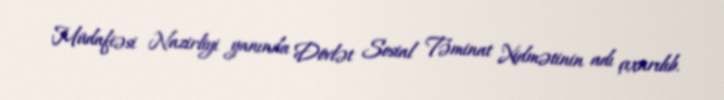
Müdafiəsi Nazirliyi yanında Dövlət Sosial Təminat Xidmətinin adı çıxarılıb.